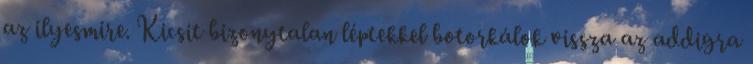
az ilyesmire. Kicsit bizonytalan léptekkel botorkálok vissza az addigra